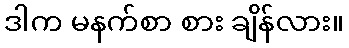
ဒါက မနက်စာ စား ချိန်လား။